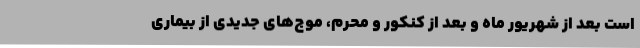
است بعد از شهریور ماه و بعد از کنکور و محرم، موج‌های جدیدی از بیماری